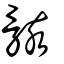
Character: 骸